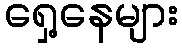
ရှေ့နေများ